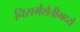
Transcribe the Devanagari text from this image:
निसर्गशेतीमध्ये